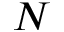
N